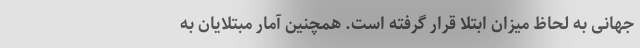
جهانی به لحاظ میزان ابتلا قرار گرفته است. همچنین آمار مبتلایان به